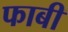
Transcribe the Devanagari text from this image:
फाबी